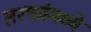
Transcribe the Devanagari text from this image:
तरफांमध्ये